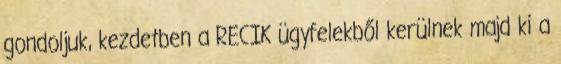
gondoljuk, kezdetben a RECIK ügyfelekből kerülnek majd ki a